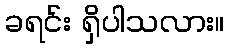
ခရင်း ရှိပါသလား။